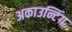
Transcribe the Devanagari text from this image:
अकाउन्टिंग